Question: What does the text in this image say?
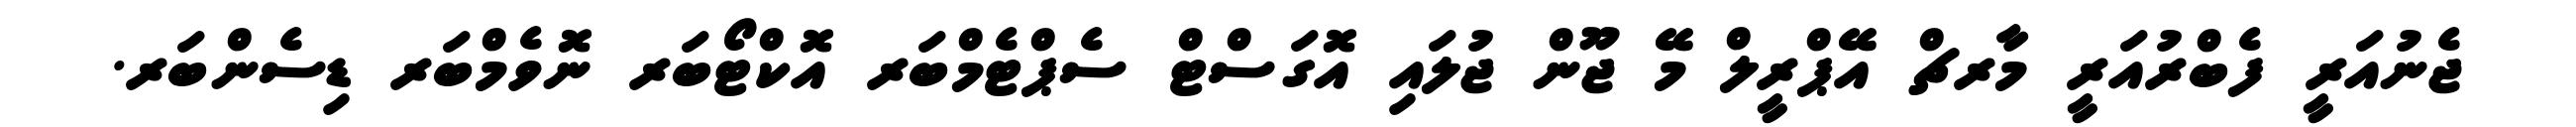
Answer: ޖެނުއަރީ ފެބްރުއަރީ މާރޗް އޭޕްރީލް މޭ ޖޫން ޖުލައި އޮގަސްޓް ސެޕްޓެމްބަރ އޮކްޓޯބަރ ނޮވެމްބަރ ޑިސެންބަރ.